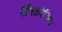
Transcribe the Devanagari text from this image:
पैंसिलवेनिया